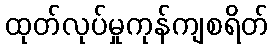
ထုတ်လုပ်မှုကုန်ကျစရိတ်